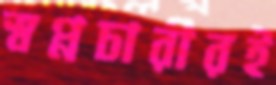
স্বপ্নচারীরই